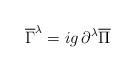
LaTeX: \begin{align*}\overline{\Gamma}^{\lambda} = ig\,\partial^{\lambda}\overline{\Pi}\end{align*}